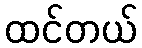
ထင်တယ်